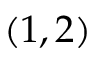
( 1 , 2 )